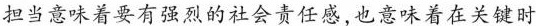
担当意味着要有强烈的社会责任感，也意味着在关键时